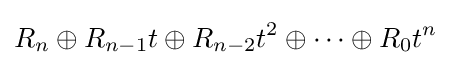
R_{n}\oplus R_{n-1}t\oplus R_{n-2}t^{2}\oplus \cdots \oplus R_{0}t^{n}